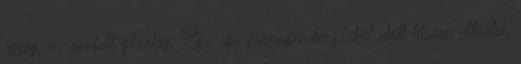
rezeg, az aszfalt gőzölög. Egy-egy propaganda-plakát előtt hiszen eltűntek,